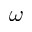
\omega